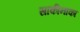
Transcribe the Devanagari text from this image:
साकीनाका